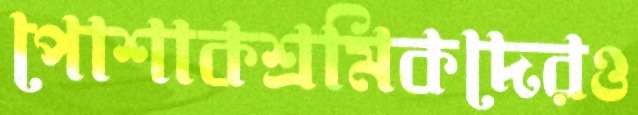
পোশাকশ্রমিকদেরও